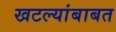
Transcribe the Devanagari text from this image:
खटल्यांबाबत